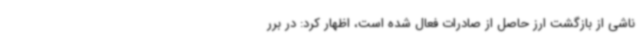
ناشی از بازگشت ارز حاصل از صادرات فعال شده است، اظهار کرد: در برر